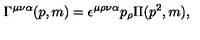
\Gamma ^ { \mu \nu \alpha } ( p , m ) = \epsilon ^ { \mu \rho \nu \alpha } p _ { \rho } \Pi ( p ^ { 2 } , m ) ,